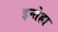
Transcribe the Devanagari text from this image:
इन्तेहा